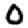
Digit: 0